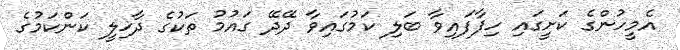
އެމީހުންގެ ކަށީގައި ހިފާފައިވާ ބަލި ކަމުގައިވާ ދޭދޭ ގައުމު ތަކުގެ ދާޚިލީ ކަންކަމުގެ